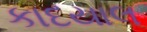
કાદયાલ